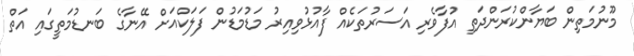
މޫނުމަތިން ބަޔާންކުރަންދަތި އުފާވެރި އަސަރުތަކެއް ފާއުޅުވިއިރު މަޑުމަޑުން ފަލަކްއަށް އޭނާގެ ބަނޑުމަތީގައި އަތް